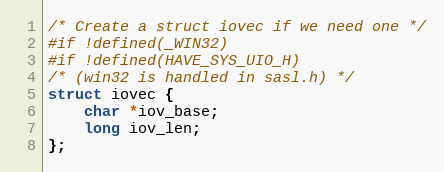
Language: C
/* Create a struct iovec if we need one */
#if !defined(_WIN32)
#if !defined(HAVE_SYS_UIO_H)
/* (win32 is handled in sasl.h) */
struct iovec {
    char *iov_base;
    long iov_len;
};